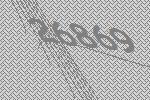
26869